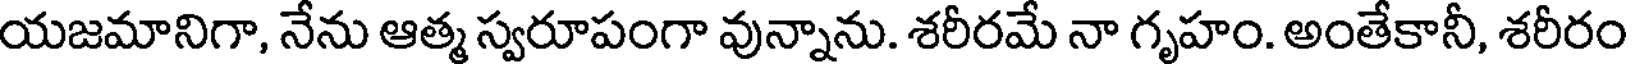
యజమానిగా, నేను ఆత్మ స్వరూపంగా వున్నాను. శరీరమే నా గృహం. అంతేకానీ, శరీరం